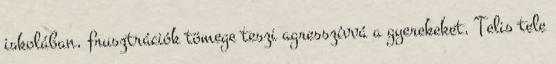
iskolában, frusztrációk tömege teszi agresszívvá a gyerekeket. Telis tele